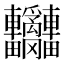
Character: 𨐄